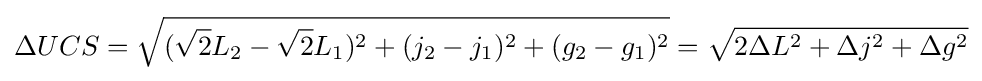
\Delta UCS={\sqrt {({\sqrt {2}}L_{2}-{\sqrt {2}}L_{1})^{2}+(j_{2}-j_{1})^{2}+(g_{2}-g_{1})^{2}}}={\sqrt {2\Delta L^{2}+\Delta j^{2}+\Delta g^{2}}}